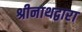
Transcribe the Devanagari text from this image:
श्रीनाथद्वारा